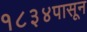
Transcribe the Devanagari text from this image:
१८३४पासून